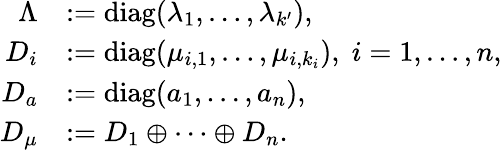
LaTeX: \begin{array}{rl}{\Lambda}&{:=\mathrm{diag}(\lambda_{1},\ldots,\lambda_{k^{\prime}}),}\\ {D_{i}}&{:=\mathrm{diag}(\mu_{i,1},\ldots,\mu_{i,{k_{i}}}),\; i=1,\dots,n,}\\ {D_{a}}&{:=\mathrm{diag}(a_{1},\ldots,a_{n}),}\\ {D_{\mu}}&{:=D_{1}\oplus\dots\oplus D_{n}.}\end{array}